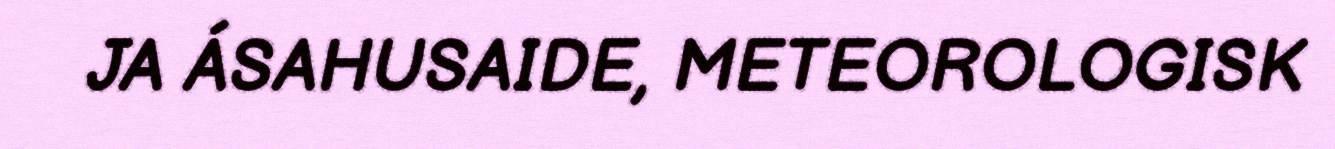
JA ÁSAHUSAIDE, METEOROLOGISK